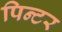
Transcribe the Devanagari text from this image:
पिन्टर